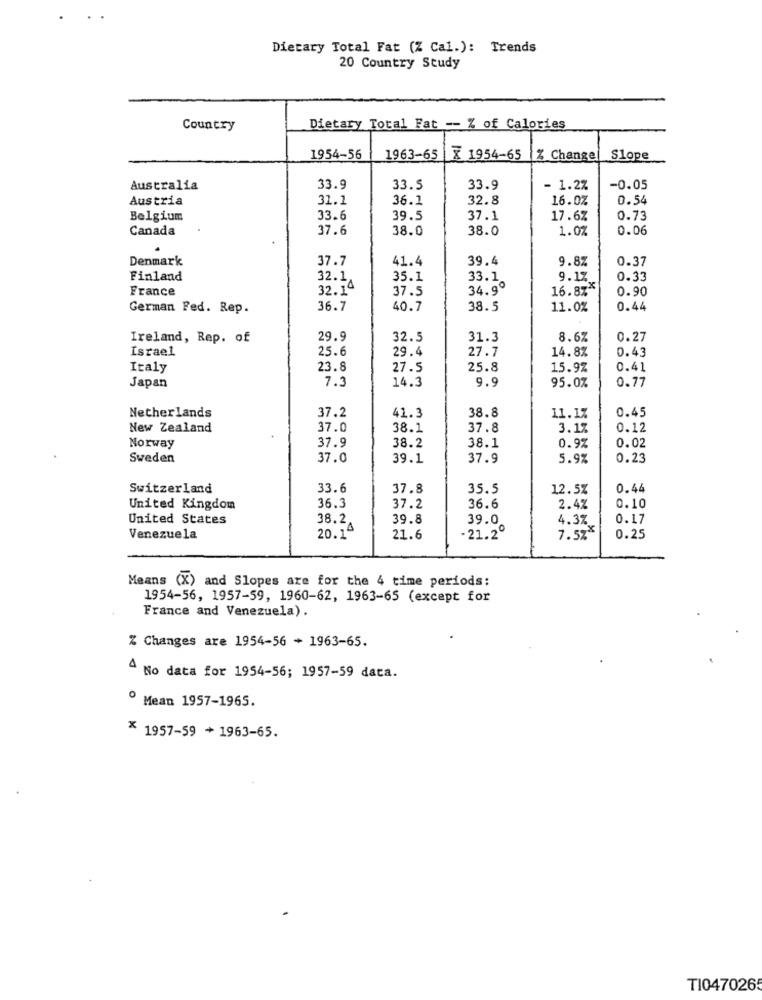
Dietary Total Fat (% Cal.): Trends
20 Country Study
Country
Dietary Total Fat -- % of Calories
1954-56
1963-65
X 1954-65
% Change
Slope
Australia
33.9
33.5
33.9
- 1.2%
-0.05
Austria
31.1
36.1
32.8
16.0%
0.54
Belgium
33.6
39.5
37.1
17.6%
0.73
Canada
37.6
38.0
38.0
1.0%
0.06
Denmark
37.7
41.4
39.4
9.8%
0.37
Finland
32.1
35.1
33.1
9.17
0.33
France
32.1ª
37.5
34.9º
16.8%*
0.90
German Fed. Rep.
36.7
40.7
38.5
11.0%
0.44
Ireland, Rep. of
29.9
32.5
31.3
8.6%
0.27
Israel
25.6
29.4
27.7
14.8%
0.43
Italy
23.8
27.5
25.8
15.9%
0.41
7.3
14.3
9.9
0.77
Japan
95.0%
38.8
0.45
Netherlands
37.2
41.3
11.1%
New Zealand
37.0
38.1
37.8
3.1%
0.12
37.9
Norway
38.2
38.1
0.9%
0.02
Sweden
37.0
39.1
37.9
5.9%
0.23
Switzerland
33.6
37.8
35.5
12.5%
0.44
United Kingdom
36.3
37.2
36.6
2.4%
0.10
United States
38.2.
39.8
4.37
0.17
-21.2º
39.0
Venezuela
20.1"
21.6
7.5%
0.25
Means (X) and Slopes are for the 4 time periods:
1954-56, 1957-59, 1960-62, 1963-65 (except for
France and Venezuela).
% Changes are 1954-56 + 1963-65.
4 No data for 1954-56; 1957-59 data.
º Mean 1957-1965.
* 1957-59 + 1963-65.
TI0470265